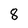
Character: 8